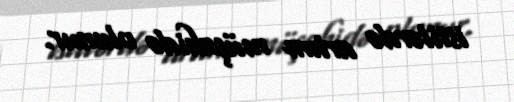
istilərdə artım müşahidə olunur.